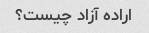
اراده آزاد چیست؟